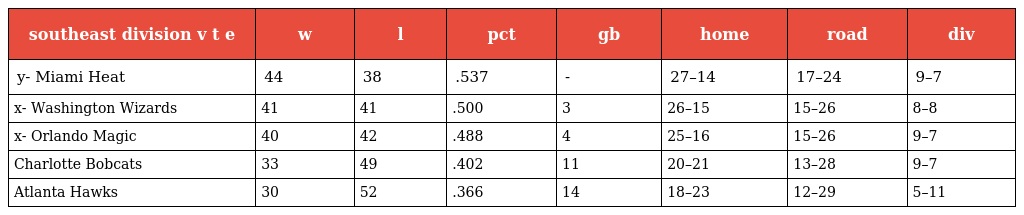
| southeast division v t e | w | l | pct | gb | home | road | div |
 | --- | --- | --- | --- | --- | --- | --- | --- |
 | y- Miami Heat | 44 | 38 | .537 | - | 27–14 | 17–24 | 9–7 |
 | x- Washington Wizards | 41 | 41 | .500 | 3 | 26–15 | 15–26 | 8–8 |
 | x- Orlando Magic | 40 | 42 | .488 | 4 | 25–16 | 15–26 | 9–7 |
 | Charlotte Bobcats | 33 | 49 | .402 | 11 | 20–21 | 13–28 | 9–7 |
 | Atlanta Hawks | 30 | 52 | .366 | 14 | 18–23 | 12–29 | 5–11 |